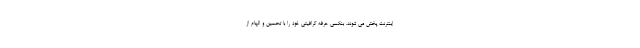
اینترنت پخش می شوند. بنکسی حرفه گرافیتی خود را با تحسین و الهام از